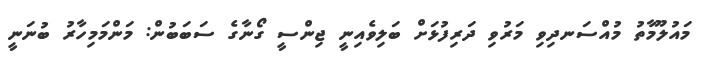
މައުލޫމާތު މުއްސަނދިވި މަރުވި ދަރިފުޅަށް ބަލިވެއިނީ ޖިންސީ ގޯނާގެ ސަބަބުން: މަންމަމިހާރު ބުނަނީ